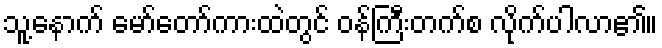
သူ့နောက် မော်တော်ကားထဲတွင် ဝန်ကြီးတက်စ လိုက်ပါလာ၏။